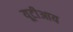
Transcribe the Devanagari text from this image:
यूटीआय